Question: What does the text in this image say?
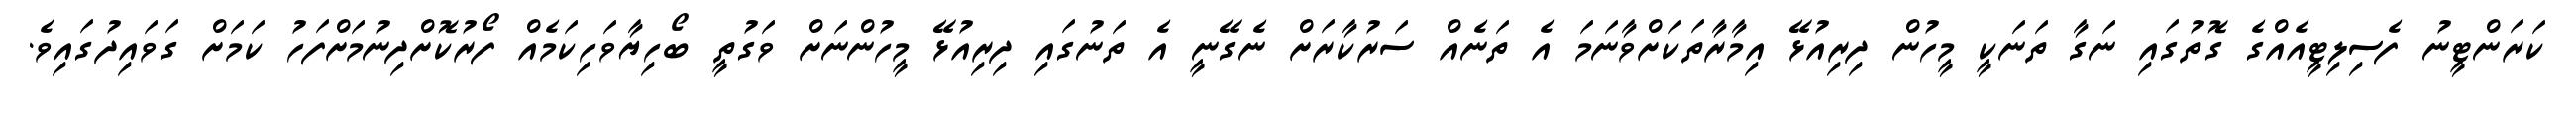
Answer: ކަރަންޓީނު ފެސިލިޓީއެއްގެ ގޮތުގައި ނަގާ ތަނަކީ މީހުން ދިރިއުޅޭ އިމާރާތަކަށްވާނަމަ އެ ތަނެއް ސަރުކާރަށް ނެގޭނީ އެ ތަނުގައި ދިރިއުޅޭ މީހުންނަށް ވަގުތީ ބޯހިޔާވަހިކަމެއް ފޯރުކޮށްދިނުމަށްފަހު ކަމަށް ގަވައިދުގައިވެ.